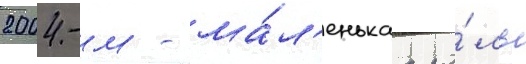
2004-м - ма́л'енькаа ро́ль